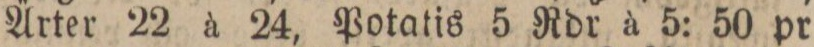
Ärter 22 à 24, Potatis 5 Rdr à 5: 50 pr